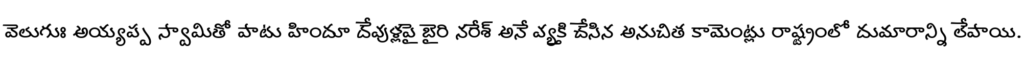
వెలుగుః అయ్యప్ప స్వామితో పాటు హిందూ దేవుళ్లపై బైరి నరేశ్ అనే వ్యక్తి చేసిన అనుచిత కామెంట్లు రాష్ట్రంలో దుమారాన్ని లేపాయి.